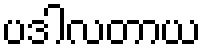
ပဒါလတာယ